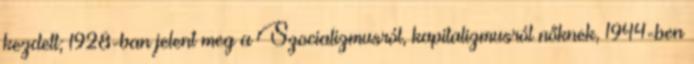
kezdett; 1928-ban jelent meg a Szocializmusról, kapitalizmusról nőknek, 1944-ben